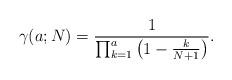
LaTeX: \begin{align*}\gamma(a;N) = {1\over\prod_{k=1}^a \left(1-{k\over N+1}\right)}.\end{align*}